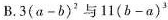
B.$$3(a-b)^{2}$$与$$11(b-a)^{3}$$